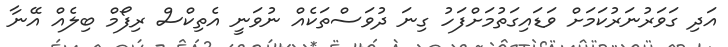
އަދި ގަވަރުނަރުކަމަށް ވަޑައިގަތުމަށްފަހު ގިނަ ދުވަސްތަކެއް ނުވަނީ އެތިކްސް ރިފޯމް ބިލެއް އޭނާ